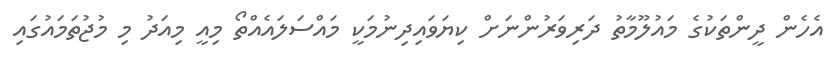
އެހެން ދީންތަކުގެ މައުލޫމާތު ދަރިވަރުންނަށް ކިޔަވައިދިނުމަކީ މައްސަލައެއްތޯ މިއީ މިއަދު މި މުޖުތަމައުގައި